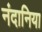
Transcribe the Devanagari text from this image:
नंदानिया